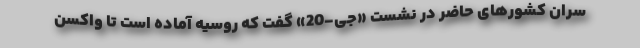
سران کشورهای حاضر در نشست «جی-20» گفت که روسیه آماده است تا واکسن